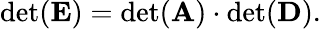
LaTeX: \begin{array}{r}{\mathrm{det}(\mathbf{E})=\mathrm{det}(\mathbf{A})\cdot\mathrm{det}(\mathbf{D}).}\end{array}